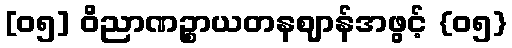
[၀၅] ဝိညာဏဉ္စာယတနဈာန်အဖွင့် {၀၅}